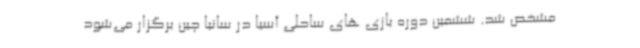
مشخص شد. ششمین دوره بازی های ساحلی آسیا در سانیا چین برگزار می‌شود